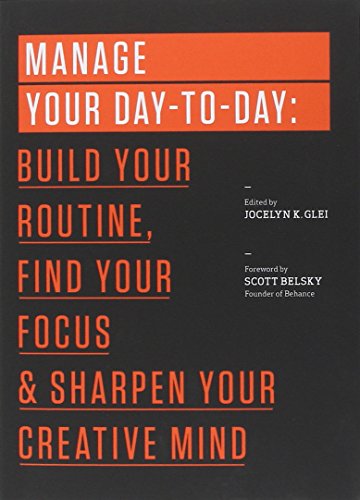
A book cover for Manage Your Day-to-Day: Build Your Routine, Find Your Focus, and Sharpen Your Creative Mind (The 99U Book Series); Jocelyn K. Glei; Business & Money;